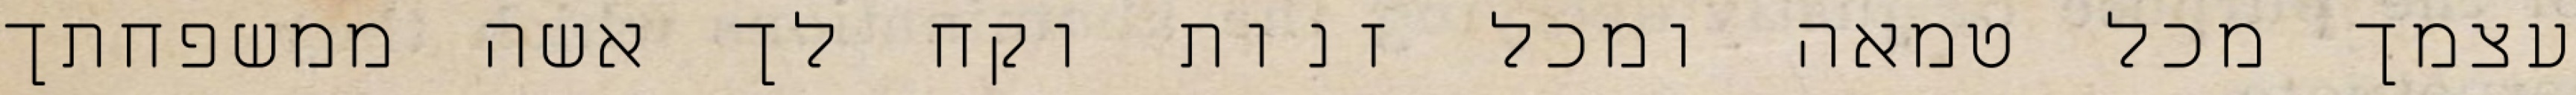
עצמך מכל טמאה ומכל זנות וקח לך אשה ממשפחתך